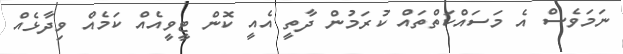
ނަމަވެސް އެ މަސައްކަތްތައް ކުރަމުން ދާތީ އެއީ ކޮން ޓީވީއެއް ކަމެއް ވިދާޅެއް